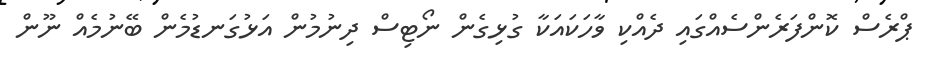
ޕްރެސް ކޮންފަރެންސެއްގައި ދެއްކި ވާހަކައަކާ ގުޅިގެން ނޯޓިސް ދިނުމުން އަޅުގަނޑުމެން ބޭނުމެއް ނޫން